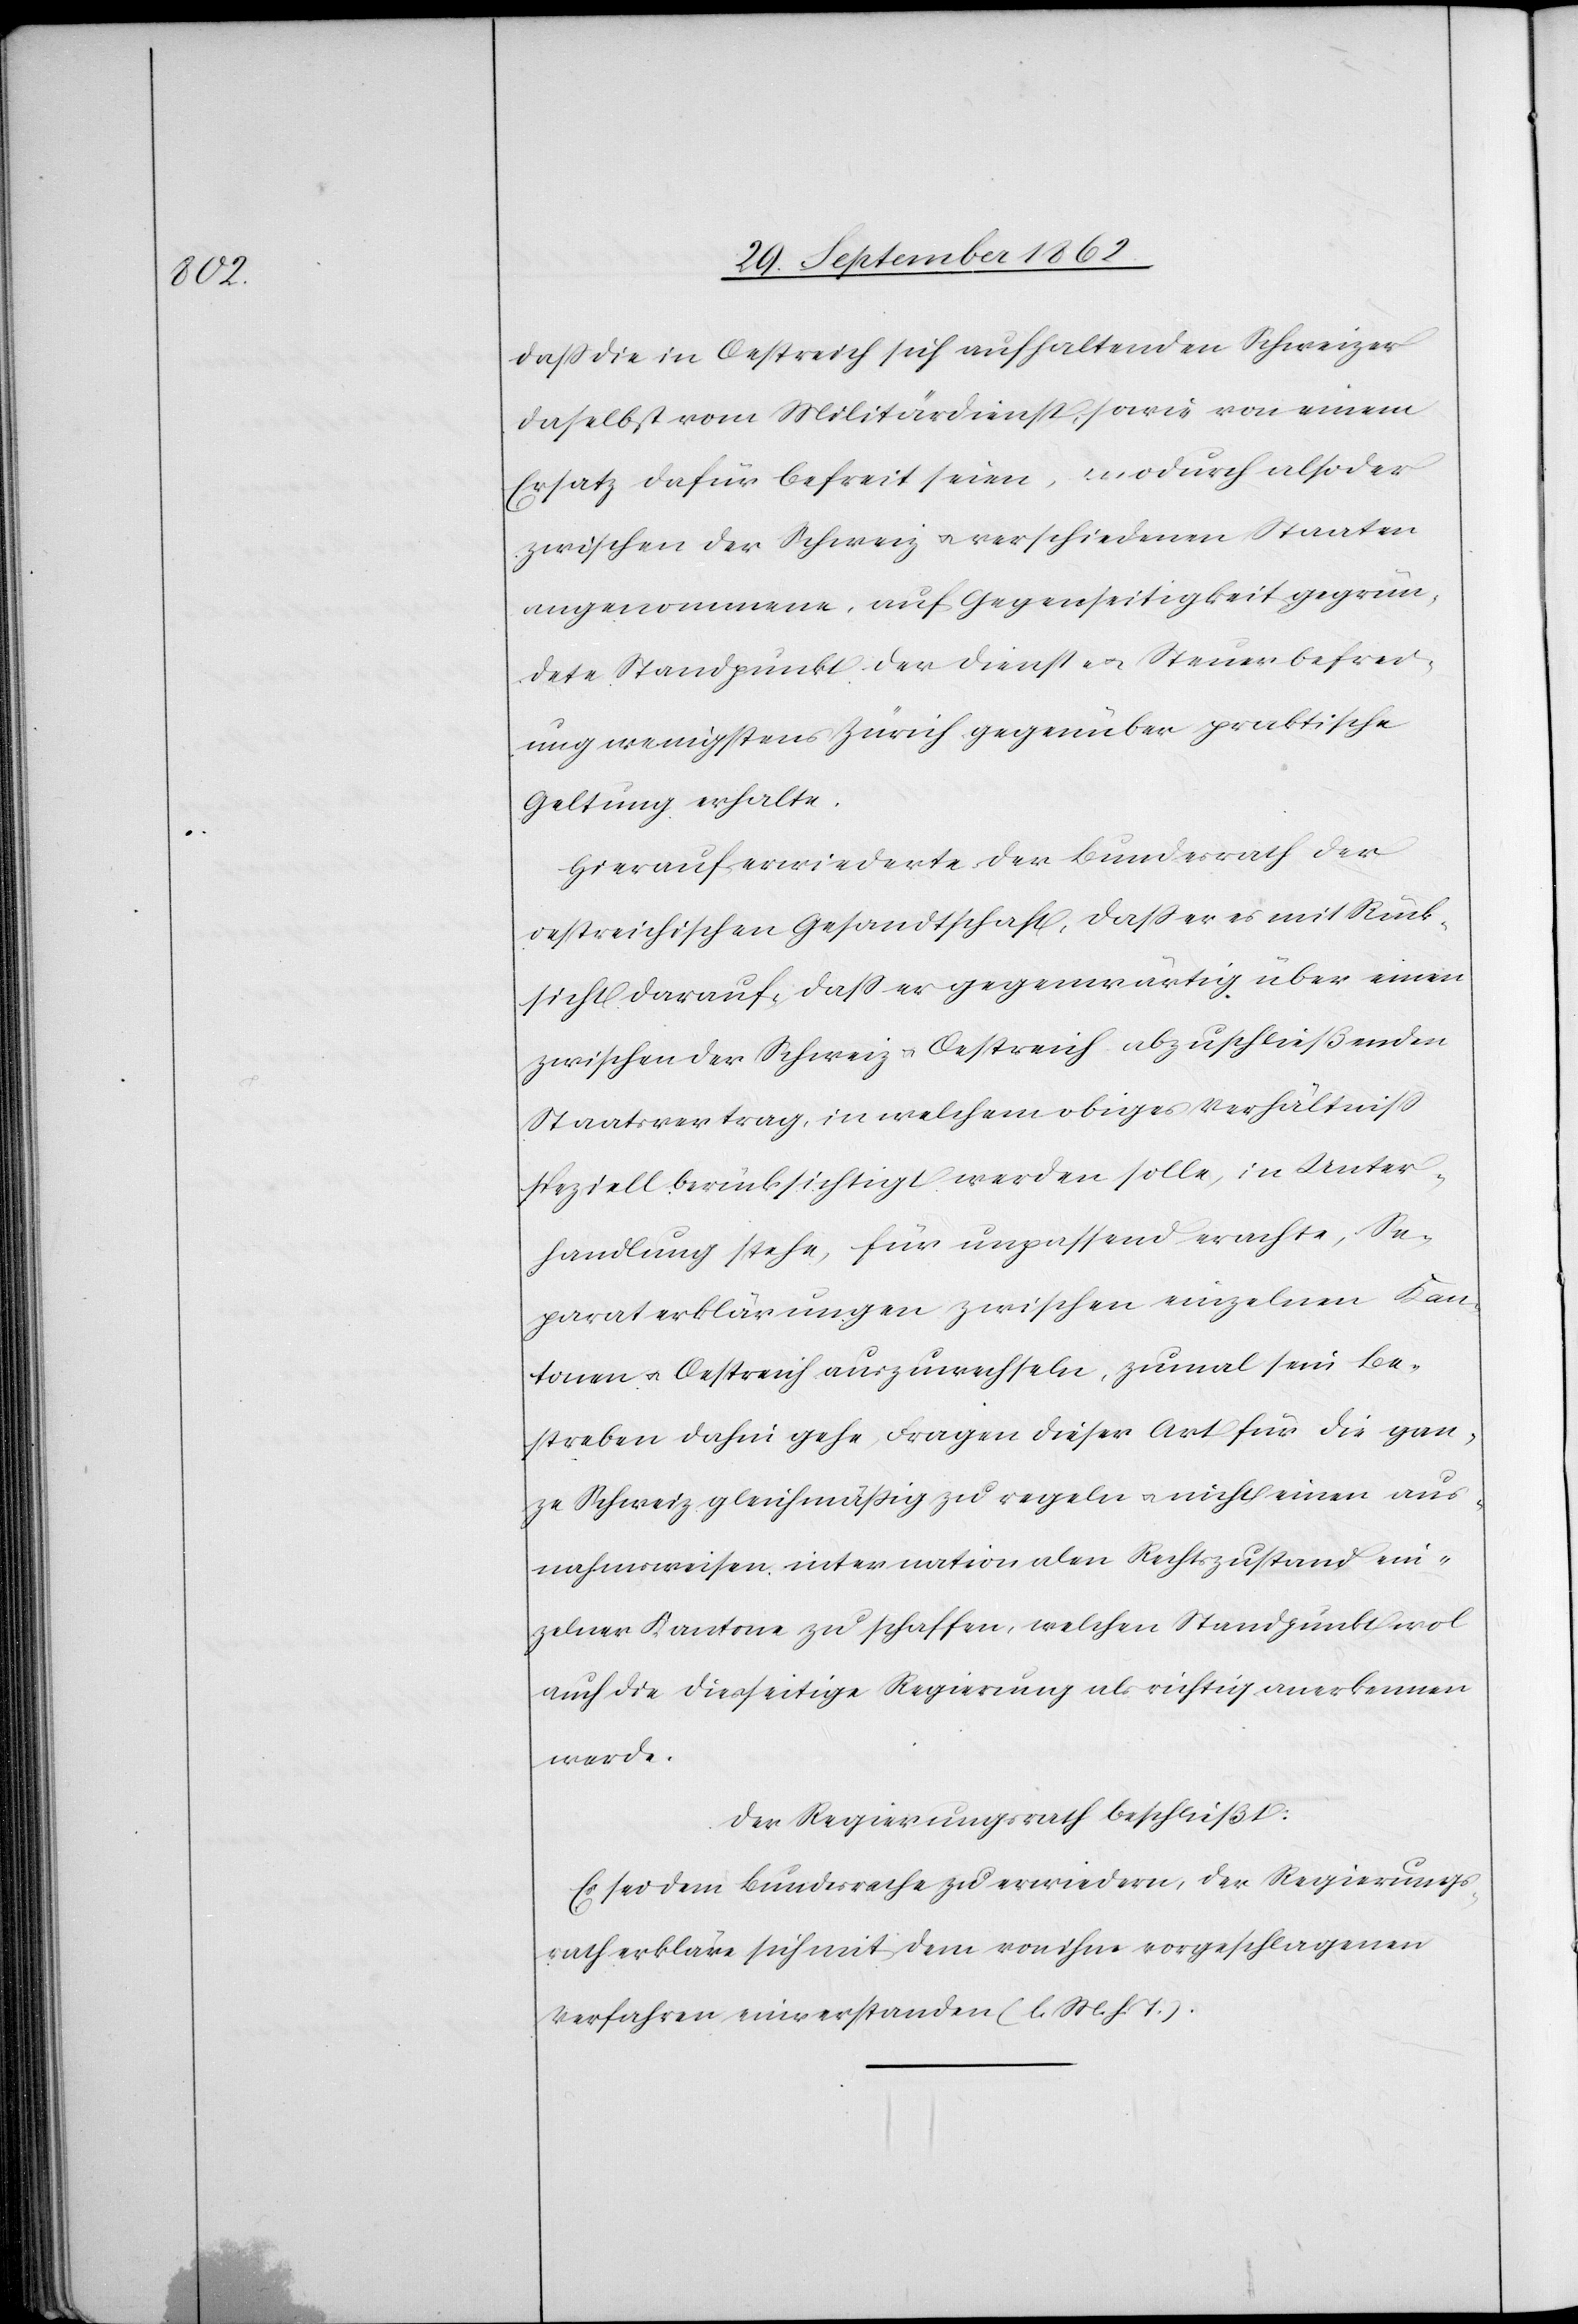
daß die in Oestreich sich aufhaltenden Schweizer
daselbst vom Militärdienst, sowie von einem
Ersatz dafür befreit seien, wodurch also der
zwischen der Schweiz u. verschiedenen Staaten
angenommene, auf Gegenseitigkeit gegrün¬
dete Standpunkt der Dienste u. Steuerbefrei¬
ung wenigstens Zürich gegenüber praktische
Geltung erhalte.
Hierauf erwiederte der Bundesrath der
oestreichischen Gesandtschaft, daß er es mit Rück¬
sicht darauf, daß er gegenwärtig über einen
zwischen der Schweiz u. Oestreich abzuschließenden
Staatsvertrag, in welchem obiges Verhältniß
speziell berücksichtigt werden solle, in Unter¬
handlung stehe, für unpassend erachte, Se¬
paraterklärungen zwischen einzelnen Kan¬
tonen u. Oestreich auszuwechseln, zumal sein Be¬
streben dahin gehe, Fragen dieser Art für die gan¬
ze Schweiz gleichmäßig zu regeln u. nicht einen aus¬
nahmsweisen internationalen Rechtszustand ein¬
zelner Kantone zu schaffen, welchen Standpunkt wol
auch die diesseitige Regierung als richtig anerkennen
werde.
Der Regierungsrath beschließt:
Es sei dem Bundesrathe zu erwiedern, der Regierungs¬
rath erkläre sich mit dem von ihm vorgeschlagenen
Verfahren einverstanden (l. M. h. t.).